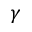
\gamma